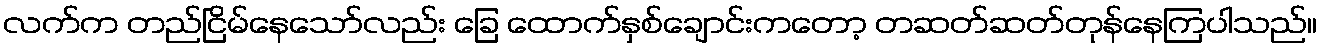
လက်က တည်ငြိမ်နေသော်လည်း ခြေ ထောက်နှစ်ချောင်းကတော့ တဆတ်ဆတ်တုန်နေကြပါသည်။